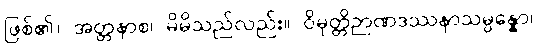
ဖြစ်၏။ အတ္တနာစ၊ မိမိသည်လည်း။ ဝိမုတ္တိဉာဏဒဿနာသမ္ပန္နော၊